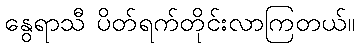
နွေရာသီ ပိတ်ရက်တိုင်းလာကြတယ်။